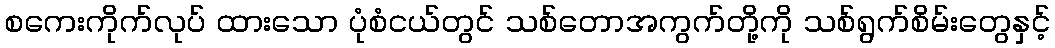
စကေးကိုက်လုပ် ထားသော ပုံစံငယ်တွင် သစ်တောအကွက်တို့ကို သစ်ရွက်စိမ်းတွေနှင့်